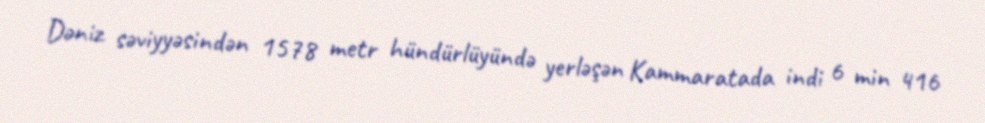
Dəniz səviyyəsindən 1578 metr hündürlüyündə yerləşən Kammaratada indi 6 min 416